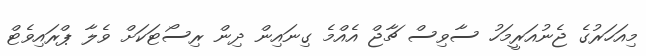
މިއަހަރުގެ ޖެނުއަރީމަހު ސާވިސް ޗާޖް އެއްމެ ގިނައިން ދިން ރިސޯޓަކަށް ވެލާ ޕްރައިވެޓް